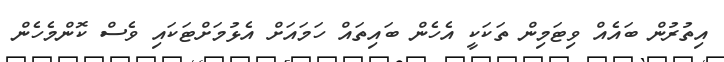
އިތުރުން ބައެއް ވިޓަމިން ތަކަކީ އެހެން ބައިތައް ހަމައަށް އެޅުމަށްޓަކައި ވެސް ކޮންމެހެން